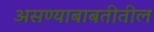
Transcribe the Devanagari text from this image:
असण्याबाबतीतील